Report on sanitation, dispensaries, and jails in Rajputana for 1912, and on vaccination for the year 1912-1913 - 1912-1913
Year: 1912
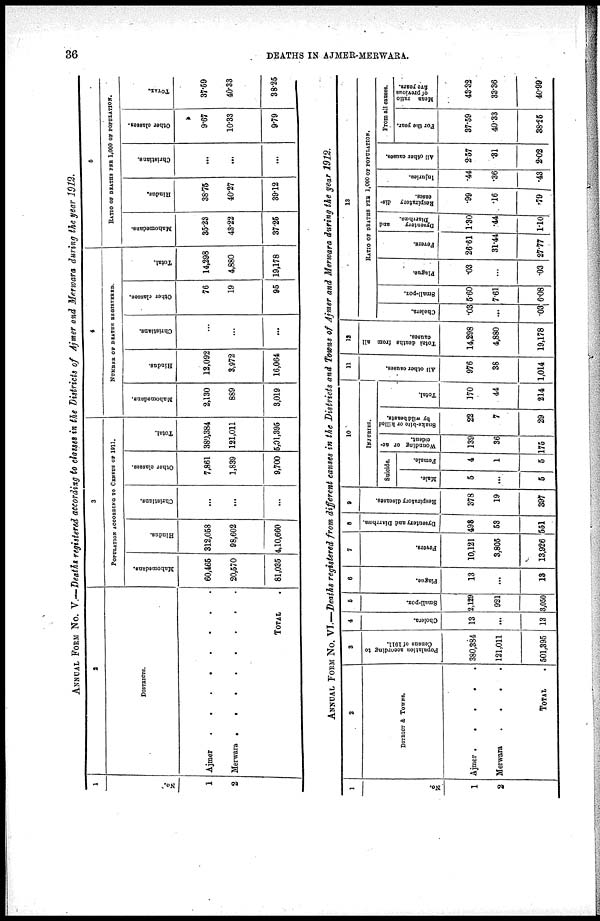
36
DEATHS IN AJMER-MERWARA.
ANNUAL FORM No. V.—Deaths registered according to classes in the Districts of Ajmer and Merwara during the year 1912.
1
No.
1
2
2
DISTRICTS.
Ajmer . . . . . . . .
Merwara . . . . . . . .
TOTAL .
3
POPULATION ACCORDING TO CENSUS OF 1911.
Mahomedans.
60,465
20,570
81,035
Hindus.
312,058
98,602
4,10,660
Christians.
...
...
...
Other classes.
7,861
1,839
9,700
Total.
380,384
121,011
5,01,395
4
NUMBER OF DEATHS REGISTERED.
Mahomedans.
2,130
889
3,019
Hindus.
12,092
3,972
16,064
Christians.
...
...
...
Other classes.
76
19
95
Total.
14,298
4,880
19,178
5
RATIO OF DEATHS PER 1,000 OF POPULATION.
Mahomedans.
35.23
43.22
37.25
Hindus.
38.75
40.27
39.12
Christians.
...
...
...
Other classes.
9.67
10.33
9.79
TOTAL.
37.59
40.33
38.25
ANNUAL FROM No. VI.—Deaths registered from different causes in the Districts and Towns of Ajmer and Merwara during the year 1912.
1
No.
1
2
2
DITRICT & TOWNS.
Ajmer .
.
.
.
.
Merwara
.
.
.
.
TOTAL .
3
Population according to
Census of 1911.
380,384
121,011
501,395
4
Cholera.
13
...
13
5
Small-pox.
2,129
921
30050
6
Plague.
13
...
13
7
Fevers.
10,121
3,805
13,926 1
8
Dysentery and Diarrhœa.
498
53
551
9
Respiratory diseases.
378
19
397
10
INJURIES.
Suicide.
Male.
5
...
5
Female.
4
1
5
Wounding or ac-
cident.
139
36
175
Snake-bite or killed
by wild beasts.
22
7
29
Total.
170
44
214
11
All other causes.
976
38
1,014
12
Total deaths from all
causes.
14,298
4,880
19,178
13
RATIO OF DEATHS PER 1,000 OF POPULATION.
Cholera.
.03
...
.03
Small-pox.
5.60
7.61
6.08
Plague.
.03
...
.03
Fevers.
26.61
31.44
27.77
Dysentery
and
Diarrhœa.
1.30
.44
1.10
Respiratory dis-
eases.
.99
.16
.79
Injuries.
44
.36
.43
All other causes.
2.57
.31
2.02
From all causes.
For the year.
37.59
40.33
38.25
Mean ratio
of previous
five years.
43.32
33.36
40.99